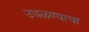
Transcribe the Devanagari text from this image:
उधळण्याचा